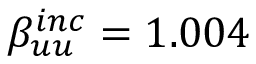
\beta _ { u u } ^ { i n c } = 1 . 0 0 4